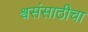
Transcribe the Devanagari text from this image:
श्वसंसाठीचा